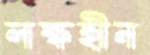
লক্ষহীন